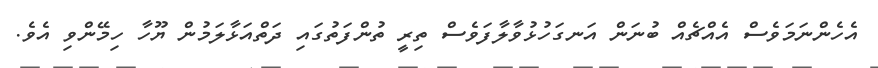
އެހެންނަމަވެސް އެއްޗެއް ބުނަން އަނގަހުޅުވާލާފަވެސް ތިރީ ތުންފަތުގައި ދަތްއަޅާލަމުން ޔޫހާ ހިމޭންވި އެވެ.